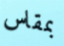
بمقاس